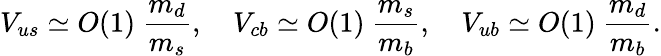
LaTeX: V_{us}\simeq O(1)\ \frac{m_{d}}{m_{s}},\quad V_{cb}\simeq O(1)\ \frac{m_{s}}{m_{b}},\quad V_{ub}\simeq O(1)\ \frac{m_{d}}{m_{b}}.